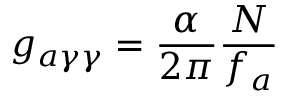
g _ { a \gamma \gamma } = { \frac { \alpha } { 2 \pi } } { \frac { N } { f _ { a } } }